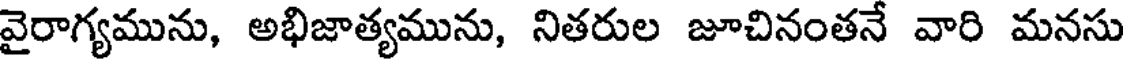
వైరాగ్యమును, అభిజాత్యమును, నితరుల జూచినంతనే వారి మనసు